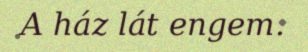
A ház lát engem.